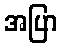
အပြာ